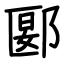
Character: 郾